Lunatic asylums Central Provinces reports 1874-1885 - 1874-1885
Year: 1874
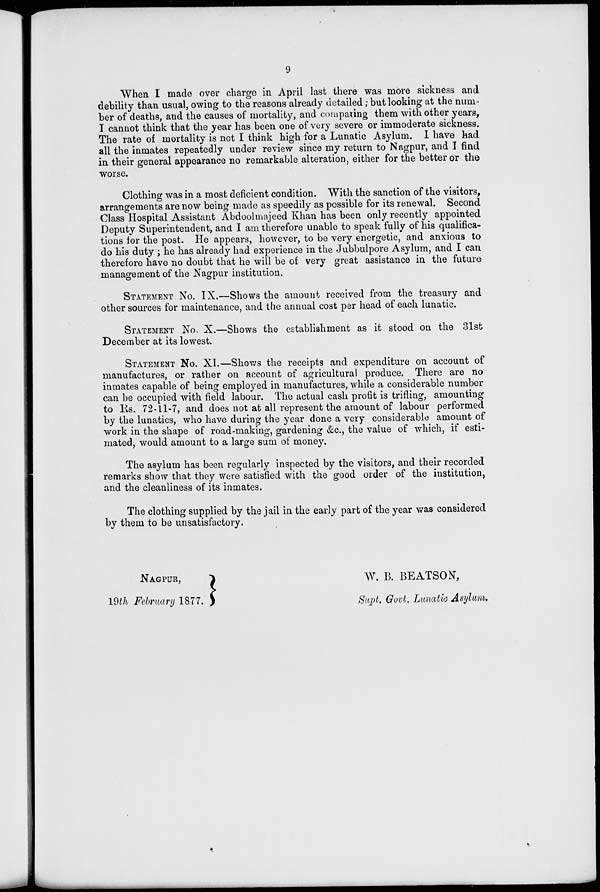
9
When I made over charge in April last there was more sickness and
debility than usual, owing to the reasons already detailed ; but looking at the num-
ber of deaths, and the causes of mortality, and comparing them with other years,
I cannot think that the year has been one of very severe or immoderate sickness.
The rate of mortality is not I think high for a Lunatic Asylum. I have had
all the inmates repeatedly under review since my return to Nagpur, and I find
in their general appearance no remarkable alteration, either for the better or the
worse.
Clothing was in a most deficient condition. With the sanction of the visitors,
arrangements are now being made as speedily as possible for its renewal. Second
Class Hospital Assistant Abdoolmajeed Khan has been only recently appointed
Deputy Superintendent, and I am therefore unable to speak fully of his qualifica-
tions for the post. He appears, however, to be very energetic, and anxious to
do his duty ; he has already had experience in the Jubbulpore Asylum, and I can
therefore have no doubt that he will be of very great assistance in the future
management of the Nagpur institution.
STATEMENT No. IX.—Shows the amount received from the treasury and
other sources for maintenance, and the annual cost per head of each lunatic.
STATEMENT No. X.—Shows the establishment as it stood on the 31st
December at its lowest.
STATEMENT No. XI.—Shows the receipts and expenditure on account of
manufactures, or rather on account of agricultural produce. There are no
inmates capable of being employed in manufactures, while a considerable number
can be occupied with field labour. The actual cash profit is trifling, amounting
to Rs. 72-11-7, and does not at all represent the amount of labour performed
by the lunatics, who have during the year done a very considerable amount of
work in the shape of road-making, gardening &c., the value of which, if esti-
mated, would amount to a large sum of money.
The asylum has been regularly inspected by the visitors, and their recorded
remarks show that they were satisfied with the good order of the institution,
and the cleanliness of its inmates.
The clothing supplied by the jail in the early part of the year was considered
by them to be unsatisfactory.
NAGPUR,
19th February 1877.
W. B. BEATSON,
Supt. Govt. Lunatic Asylum.